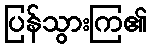
ပြန်သွားကြ၏